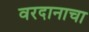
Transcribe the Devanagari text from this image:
वरदानाचा